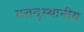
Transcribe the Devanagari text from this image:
तत्तद्स्थानीय